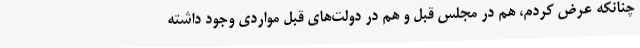
چنانکه عرض کردم، هم در مجلس قبل و هم در دولت‌های قبل مواردی وجود داشته